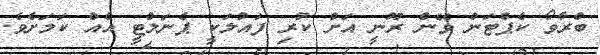
ބްރާވޯ ކެޕްޓަން ވޭން ރޫނީ އަށް ކުރި ފައުލަކީ ޕެނަލްޓީ އެއް ކަމަށެވެ.